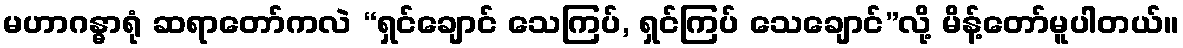
မဟာဂန္ဓာရုံ ဆရာတော်ကလဲ “ရှင်ချောင် သေကြပ်, ရှင်ကြပ် သေချောင်”လို့ မိန့်တော်မူပါတယ်။